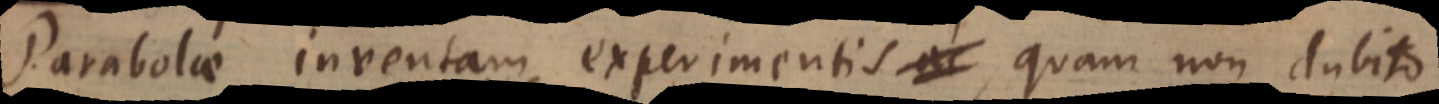
Parabolae inventam experimentis ac, quam non dubito